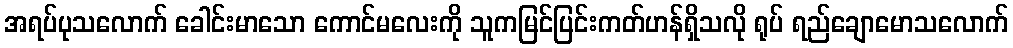
အရပ်ပုသလောက် ခေါင်းမာသော ကောင်မလေးကို သူကမြင်ပြင်းကတ်ဟန်ရှိသလို ရုပ် ရည်ချောမောသလောက်